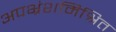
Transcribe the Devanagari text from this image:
अपभ्रंशमिश्रित